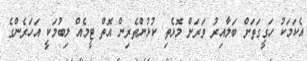
އެކަމަކު ހަގީގަތަށް ބަލާއިރު ވަރަށް މޮޅެތި ކުޅުންތެރިން އޮތް ޓީމެއް ލިބުމަކީ އަހަރެންގެ